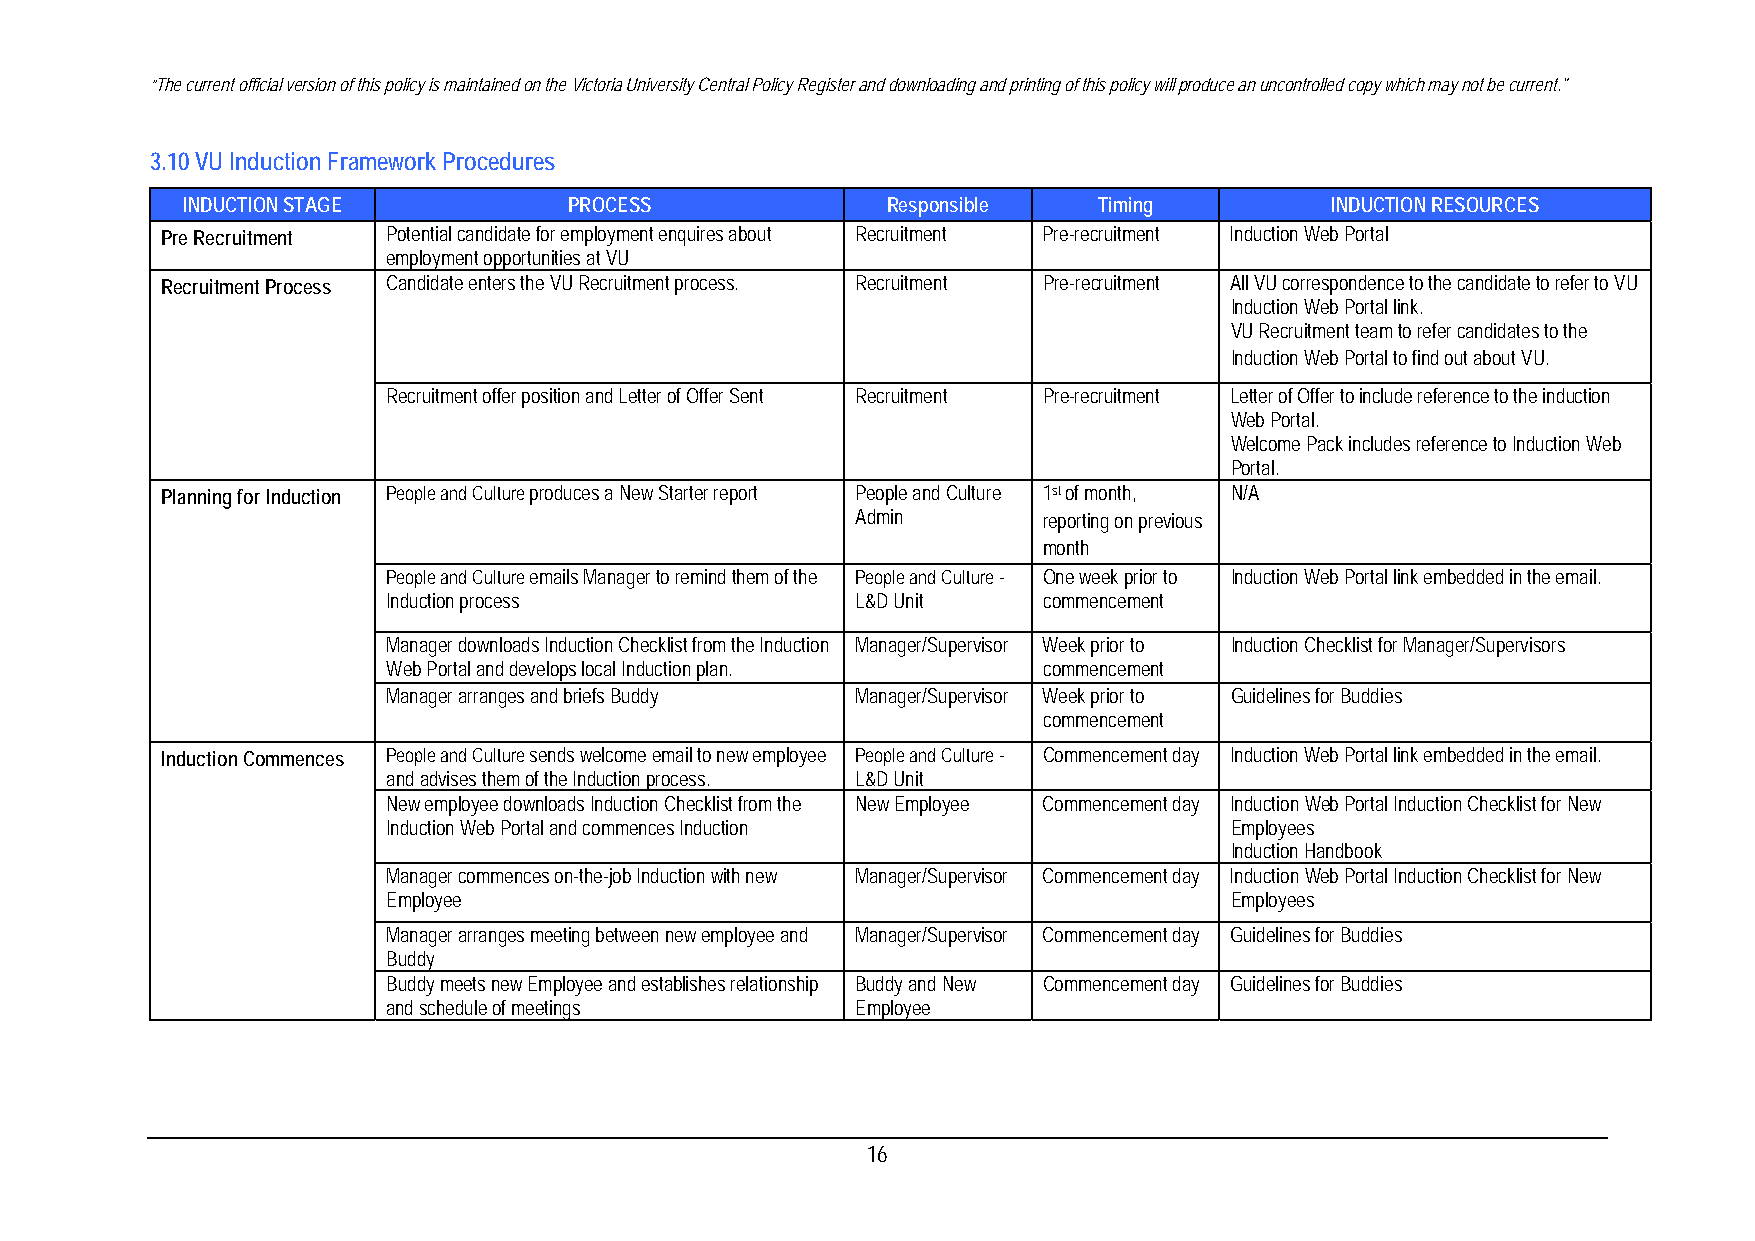
“The current official version of this policy is maintained on the Victoria University Central Policy Register and downloading and printing of this policy will produce an uncontrolled copy which may not be current."
 3.10 VU Induction Framework Procedures
 INDUCTION STAGE           PROCESS              Responsible   Timing         INDUCTION RESOURCES
 Pre Recruitment Potential candidate for employment enquires about Recruitment Pre-recruitment Induction Web Portal
 employment opportunities at VU
 Recruitment Process Candidate enters the VU Recruitment process. Recruitment Pre-recruitment All VU correspondence to the candidate to refer to VU
 Induction Web Portal link.
 VU Recruitment team to refer candidates to the
 Induction Web Portal to find out about VU.
 Recruitment offer position and Letter of Offer Sent Recruitment Pre-recruitment Letter of Offer to include reference to the induction
 Web Portal.
 Welcome Pack includes reference to Induction Web
 Portal.
 Planning for Induction People and Culture produces a New Starter report People and Culture 1st of month, N/A
 Admin       reporting on previous
 month
 People and Culture emails Manager to remind them of the People and Culture - One week prior to Induction Web Portal link embedded in the email.
 Induction process              L&D Unit    commencement
 Manager downloads Induction Checklist from the Induction Manager/Supervisor Week prior to Induction Checklist for Manager/Supervisors
 Web Portal and develops local Induction plan. commencement
 Manager arranges and briefs Buddy Manager/Supervisor Week prior to Guidelines for Buddies
 commencement
 Induction Commences People and Culture sends welcome email to new employee People and Culture - Commencement day Induction Web Portal link embedded in the email.
 and advises them of the Induction process. L&D Unit
 New employee downloads Induction Checklist from the New Employee Commencement day Induction Web Portal Induction Checklist for New
 Induction Web Portal and commences Induction           Employees
 Induction Handbook
 Manager commences on-the-job Induction with new Manager/Supervisor Commencement day Induction Web Portal Induction Checklist for New
 Employee                                               Employees
 Manager arranges meeting between new employee and Manager/Supervisor Commencement day Guidelines for Buddies
 Buddy
 Buddy meets new Employee and establishes relationship Buddy and New Commencement day Guidelines for Buddies
 and schedule of meetings       Employee
 16